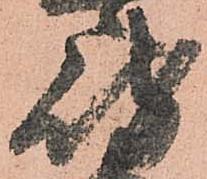
岐